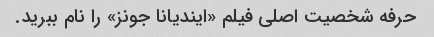
حرفه شخصیت اصلی فیلم «ایندیانا جونز» را نام ببرید.